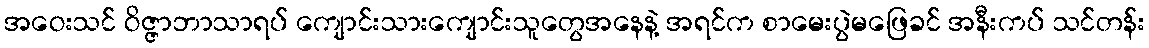
အဝေးသင် ဝိဇ္ဇာဘာသာရပ် ကျောင်းသားကျောင်းသူတွေအနေနဲ့ အရင်က စာမေးပွဲမဖြေခင် အနီးကပ် သင်တန်း